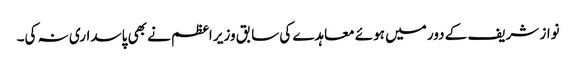
نواز شریف کے دور میں ہوئے معاہدے کی سابق وزیر اعظم نے بھی پاسداری نہ کی۔